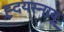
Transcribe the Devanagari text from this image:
ह्र्दयस्नायू